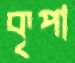
কৃপা